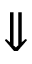
\Downarrow